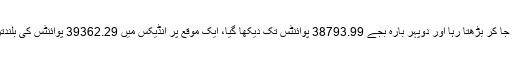
تیزی کا تسلسل یونہی آگے جا کر بڑھتا رہا اور دوپہر بارہ بجے 38793.99 پوائنٹس تک دیکھا گیا، ایک موقع پر انڈیکس میں 39362.29 پوائنٹس کی بلندترین سطح پر دیکھا گیا تھا۔